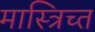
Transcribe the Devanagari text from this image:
मास्त्रिच्त